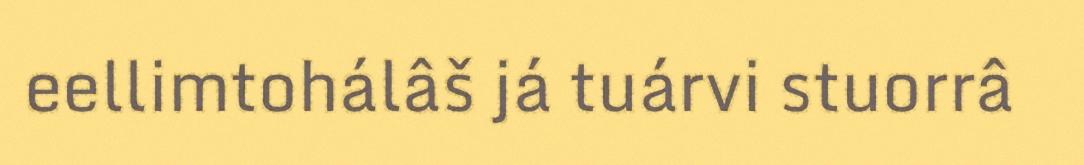
eellimtohálâš já tuárvi stuorrâ